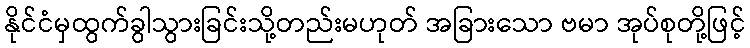
နိုင်ငံမှထွက်ခွါသွားခြင်းသို့တည်းမဟုတ် အခြားသော ဗမာ အုပ်စုတို့ဖြင့်